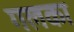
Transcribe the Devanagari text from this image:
गलका